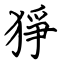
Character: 猙